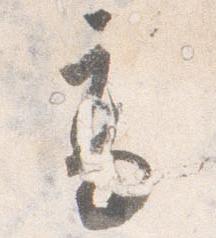
高